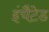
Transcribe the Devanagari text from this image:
इंचैटेड